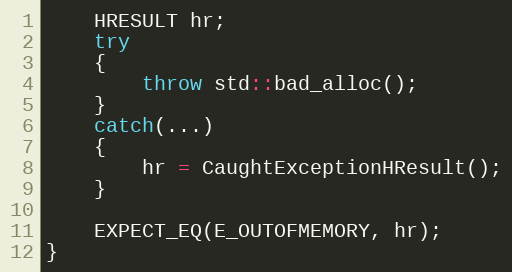
Language: C++
    HRESULT hr;
    try
    {
        throw std::bad_alloc();
    }
    catch(...)
    {
        hr = CaughtExceptionHResult();
    }

    EXPECT_EQ(E_OUTOFMEMORY, hr);
}